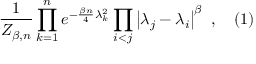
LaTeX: { \frac { 1 } { Z _ { \beta , n } } } \prod _ { k = 1 } ^ { n } e ^ { - { \frac { \beta n } { 4 } } \lambda _ { k } ^ { 2 } } \prod _ { i < j } \left| \lambda _ { j } - \lambda _ { i } \right| ^ { \beta } ~ , \quad ( 1 )